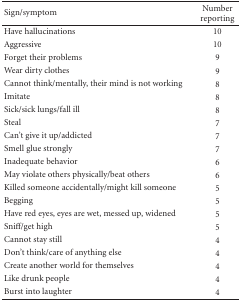
<table><thead><tr><td><b>Sign/symptom</b></td><td><b>Number reporting</b></td></tr></thead><tbody><tr><td>Have hallucinations</td><td>10</td></tr><tr><td>Aggressive</td><td>10</td></tr><tr><td>Forget their problems</td><td>9</td></tr><tr><td>Wear dirty clothes</td><td>9</td></tr><tr><td>Cannot think/mentally, their mind is not working</td><td>8</td></tr><tr><td>Imitate</td><td>8</td></tr><tr><td>Sick/sick lungs/fall ill</td><td>8</td></tr><tr><td>Steal</td><td>7</td></tr><tr><td>Can&#x27;t give it up/addicted</td><td>7</td></tr><tr><td>Smell glue strongly</td><td>7</td></tr><tr><td>Inadequate behavior</td><td>6</td></tr><tr><td>May violate others physically/beat others</td><td>6</td></tr><tr><td>Killed someone accidentally/might kill someone</td><td>5</td></tr><tr><td>Begging</td><td>5</td></tr><tr><td>Have red eyes, eyes are wet, messed up, widened</td><td>5</td></tr><tr><td>Sniff/get high</td><td>5</td></tr><tr><td>Cannot stay still</td><td>4</td></tr><tr><td>Don&#x27;t think/care of anything else</td><td>4</td></tr><tr><td>Create another world for themselves</td><td>4</td></tr><tr><td>Like drunk people</td><td>4</td></tr><tr><td>Burst into laughter</td><td>4</td></tr></tbody></table>